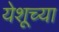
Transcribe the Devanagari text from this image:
येशूच्‍या